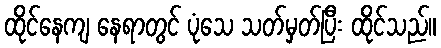
ထိုင်နေကျ နေရာတွင် ပုံသေ သတ်မှတ်ပြီး ထိုင်သည်။